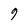
Character: 9